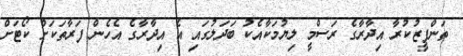
ތަންފީޒުކުރާ އިދާރާގެ ރަސްމީ ލިޔުމަކާއެކު ބަދަލުގައި އެ އިދާރާގެ އެހެން ފަރާތަކަށް ކޯޓަށް